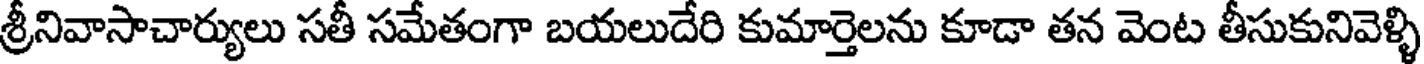
శ్రీనివాసాచార్యులు సతీ సమేతంగా బయలుదేరి కుమార్తెలను కూడా తన వెంట తీసుకునివెళ్ళి